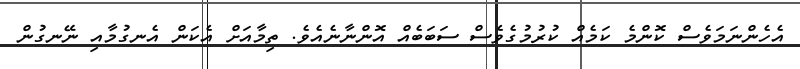
އެހެންނަމަވެސް ކޮންމެ ކަމެއް ކުރުމުގެވެސް ސަބަބެއް އޮންނާނެއެވެ. ތިމާއަށް އެކަން އެނގުމާއި ނޭނގުން